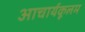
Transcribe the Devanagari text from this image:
आचार्यकूलम